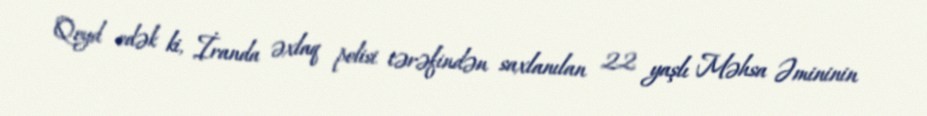
Qeyd edək ki, İranda əxlaq polisi tərəfindən saxlanılan 22 yaşlı Məhsa Əmininin